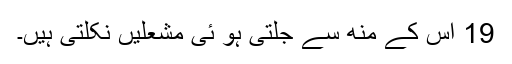
19 اس کے منھ سے جلتی ہو ئی مشعلیں نکلتی ہیں۔